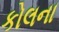
કોલના